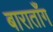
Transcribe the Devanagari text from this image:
बाराताँग